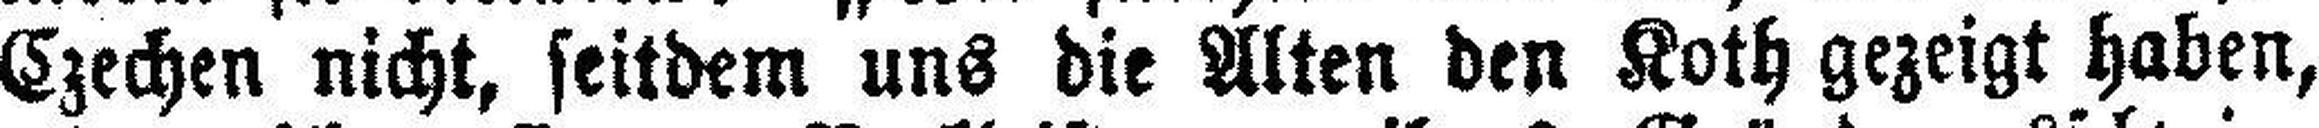
Czechen nicht, seitdem uns die Alten den Koth gezeigt haben,